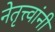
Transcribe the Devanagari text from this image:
नेतृत्त्वांनी